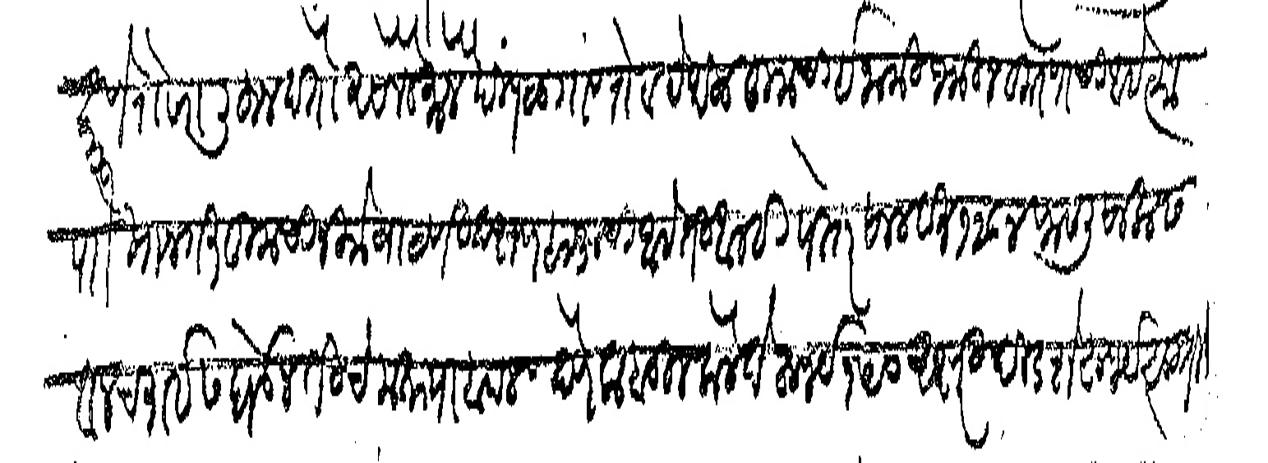
Transliteration (Devanagari): करणे रोखा लिहून देतो ऐसाजे मौजे पिंपळगाव रोटा येथील तुमची इनामी जमीन कुरणाची आहे त्या हो खाजगत तुमची निमे वाटणी दक्षण बाजूची आहे ती आम्ही पेस्तर साल सन १२८४ फसली सालास वनचराईस घेऊन तिचे मत्याबदल देणे कबूल केले ते रुपये १५० अक्षरी दीडशे रुपये सुर्ती